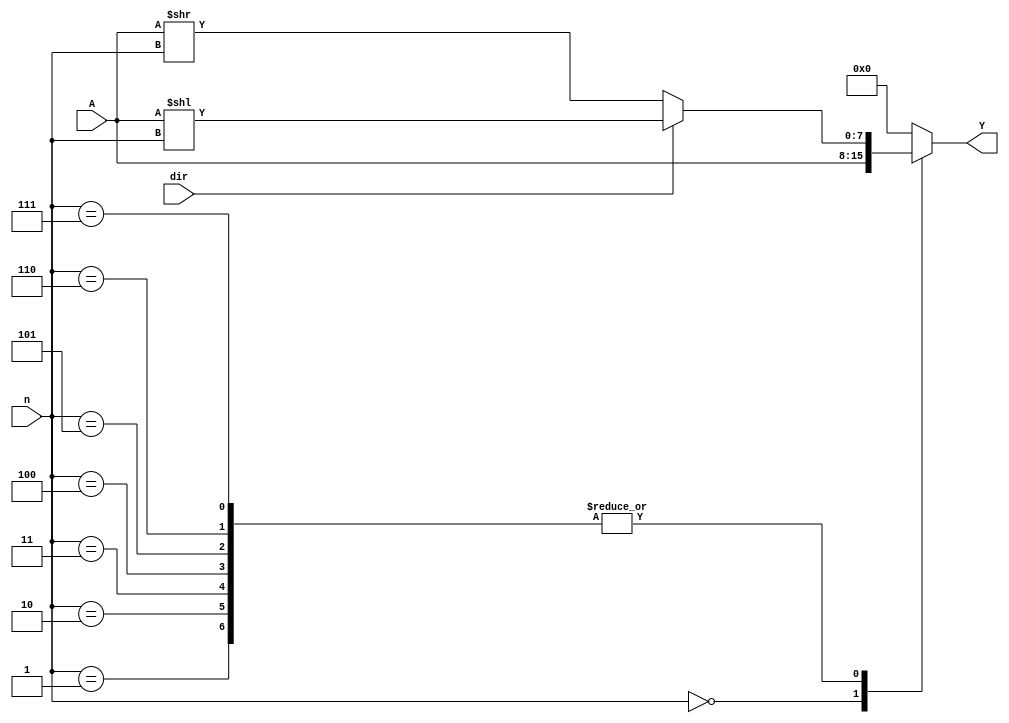
module comb_shifter(
    input [7:0] A,
    input [3:0] n,      // shift 7 possible bits, (8/0 for none/full cycle)
    input dir,          // 0 shift right, 1 shift left
    output reg [7:0] Y  // shifted value
);

  always @* begin
    case (n)
      4'b0000: Y = A;                             // no shift
      4'b0001: Y = (dir == 0) ? A >> n : A << n;  // shift right n bits if dir = 0, left n bits otherwise. then set it to output Y.
      4'b0010: Y = (dir == 0) ? A >> n : A << n;  // shift 2
      4'b0011: Y = (dir == 0) ? A >> n : A << n;  // shift 3
      4'b0100: Y = (dir == 0) ? A >> n : A << n;  // shift 4...
      4'b0101: Y = (dir == 0) ? A >> n : A << n;
      4'b0110: Y = (dir == 0) ? A >> n : A << n;
      4'b0111: Y = (dir == 0) ? A >> n : A << n;  // only need to set n for 1-7 shifts (7 possible changes)
      default: Y = 8'b0000_0000;                  // error or full cycle (8+ shifts).
    endcase
  end

endmodule